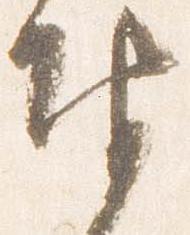
奉